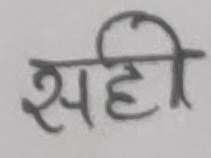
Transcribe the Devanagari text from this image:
सही